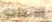
الاتحادي